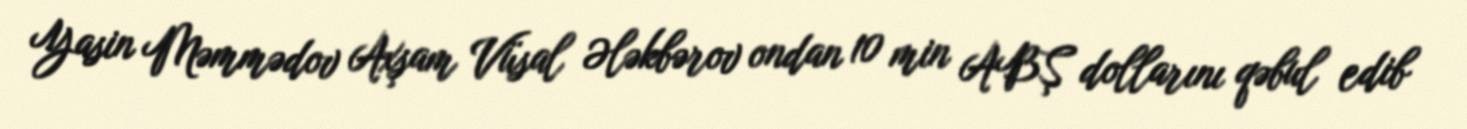
Yasin Məmmədov Axşam Vüsal Ələkbərov ondan 10 min ABŞ dollarını qəbul edib